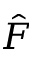
\hat { F }